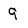
Character: 9